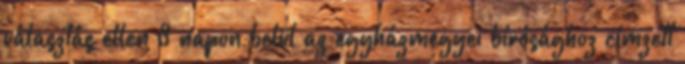
választás ellen 8 napon belül az egyházmegyei bírósághoz címzett